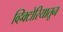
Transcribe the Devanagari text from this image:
व्हिक्टोरियातून